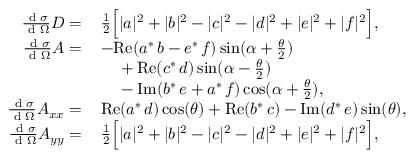
\begin{array} { r l } { \frac { \textup { d } \sigma } { \textup { d } \Omega } D = \, } & { \frac { 1 } { 2 } \Big [ | a | ^ { 2 } + | b | ^ { 2 } - | c | ^ { 2 } - | d | ^ { 2 } + | e | ^ { 2 } + | f | ^ { 2 } \Big ] , } \\ { \frac { \textup { d } \sigma } { \textup { d } \Omega } A = \, } & { - \mathrm { R e } ( a ^ { * } \, b - e ^ { * } \, f ) \sin ( \alpha + \frac { \theta } { 2 } ) } \\ & { \quad \null + \mathrm { R e } ( c ^ { * } \, d ) \sin ( \alpha - \frac { \theta } { 2 } ) } \\ & { \quad \null - \mathrm { I m } ( b ^ { * } \, e + a ^ { * } \, f ) \cos ( \alpha + \frac { \theta } { 2 } ) , } \\ { \frac { \textup { d } \sigma } { \textup { d } \Omega } A _ { x x } = \, } & { \mathrm { R e } ( a ^ { * } \, d ) \cos ( \theta ) + \mathrm { R e } ( b ^ { * } \, c ) - \mathrm { I m } ( d ^ { * } \, e ) \sin ( \theta ) , } \\ { \frac { \textup { d } \sigma } { \textup { d } \Omega } A _ { y y } = \, } & { \frac { 1 } { 2 } \Big [ | a | ^ { 2 } + | b | ^ { 2 } - | c | ^ { 2 } - | d | ^ { 2 } + | e | ^ { 2 } + | f | ^ { 2 } \Big ] , } \end{array}